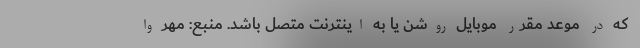
که در موعد مقرر موبایل روشن یا به اینترنت متصل باشد. منبع: مهر وا